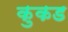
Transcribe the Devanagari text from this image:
कुकड